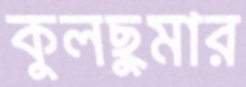
কুলছুমার